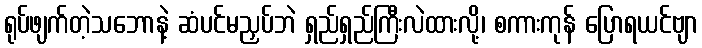
ရုပ်ဖျက်တဲ့သဘောနဲ့ ဆံပင်မညှပ်ဘဲ ရှည်ရှည်ကြီးလဲထားလို့၊ စကားကုန် ပြောရယင်ဗျာ